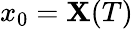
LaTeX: x_{0}=\mathbf{X}(T)